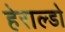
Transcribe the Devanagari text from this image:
हेराल्डो